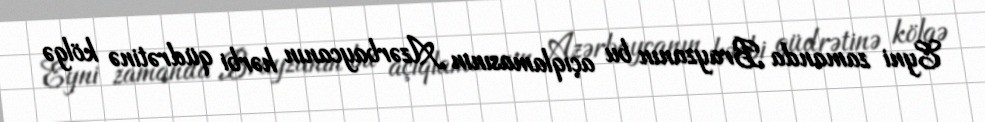
Eyni zamanda Brayzanın bu açıqlamasının Azərbaycanın hərbi qüdrətinə kölgə